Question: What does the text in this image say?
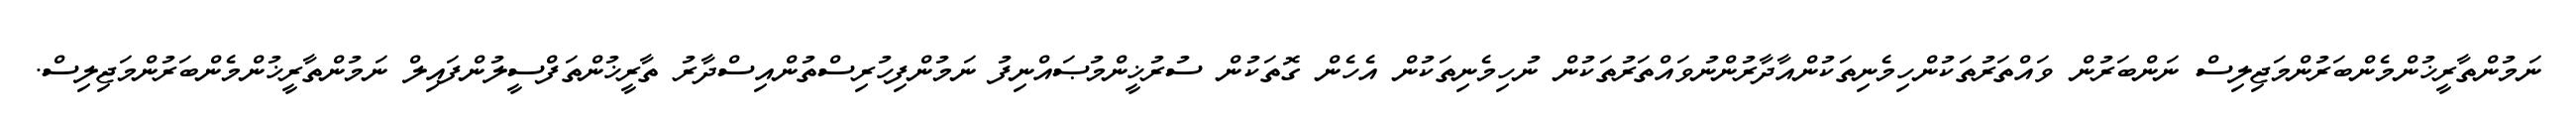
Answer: ނަމުންތާރީޚުންމެންބަރުންމަޖިލިސް ނަންބަރުން ވައްތަރުތަކުންހިމެނިތަކުންއާދާރުންނުވައްތަރުތަކުން ނުހިމެނިތަކުން އެހެން ގޮތަކުން ސުރުޚީންމުޞައްނިފު ނަމުންފިހުރިސްތުންއިސްދާރު ތާރީޚުންތަފްސީލުންފައިލް ނަމުންތާރީޚުންމެންބަރުންމަޖިލިސް.